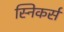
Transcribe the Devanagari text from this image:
स्निकर्स